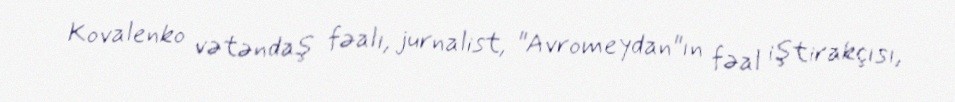
Kovalenko vətəndaş fəalı, jurnalist, "Avromeydan"ın fəal iştirakçısı,